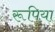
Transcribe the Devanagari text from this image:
रूपिया